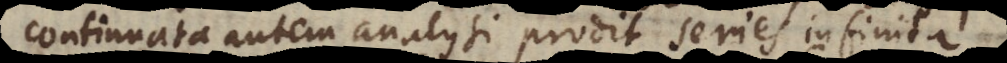
continuata autem analysi prodit series infinita